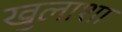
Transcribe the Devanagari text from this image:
खुलाशा